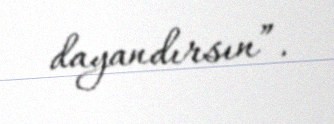
dayandırsın”.